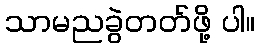
သာမညခွဲတတ်ဖို့ ပါ။